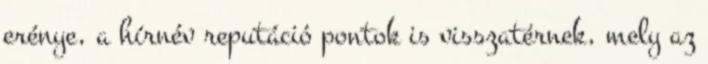
erénye, a hírnév reputáció pontok is visszatérnek, mely az